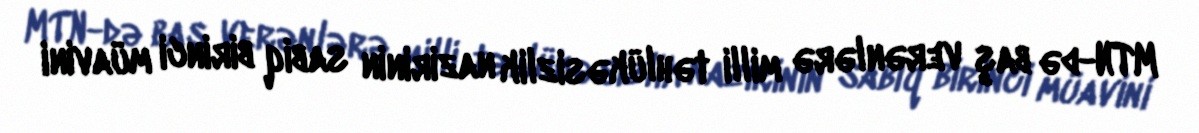
MTN-də baş verənlərə milli təhlükəsizlik nazirinin sabiq birinci müavini